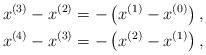
LaTeX: \begin{gather*}x^{(3)} - x^{(2)} = -\left(x^{(1)} - x^{(0)}\right), \\x^{(4)} - x^{(3)} = -\left(x^{(2)} - x^{(1)}\right),\end{gather*}